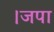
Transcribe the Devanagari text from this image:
।जपा